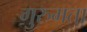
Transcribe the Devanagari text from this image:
गुरुमता